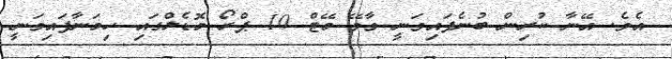
އެވެ. އޭނާ ކުރިން ބުނެފައިވަނީ ވާވޭ މޭޓް 10 ޕްރޯ މޮޑެލްގައި ހިމަނާފައިވަނީ